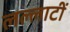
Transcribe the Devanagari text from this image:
लल्लाटीं